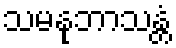
သမနုဘာသန္တံ